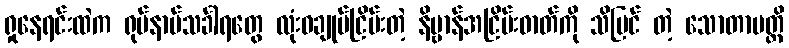
ရှုနေရင်းထဲက ရုပ်နာမ်သင်္ခါရတွေ လုံးဝချုပ်ငြိမ်းတဲ့ နိဗ္ဗာန်အငြိမ်းဓာတ်ကို သိမြင် တဲ့ သောတာပတ္တိ